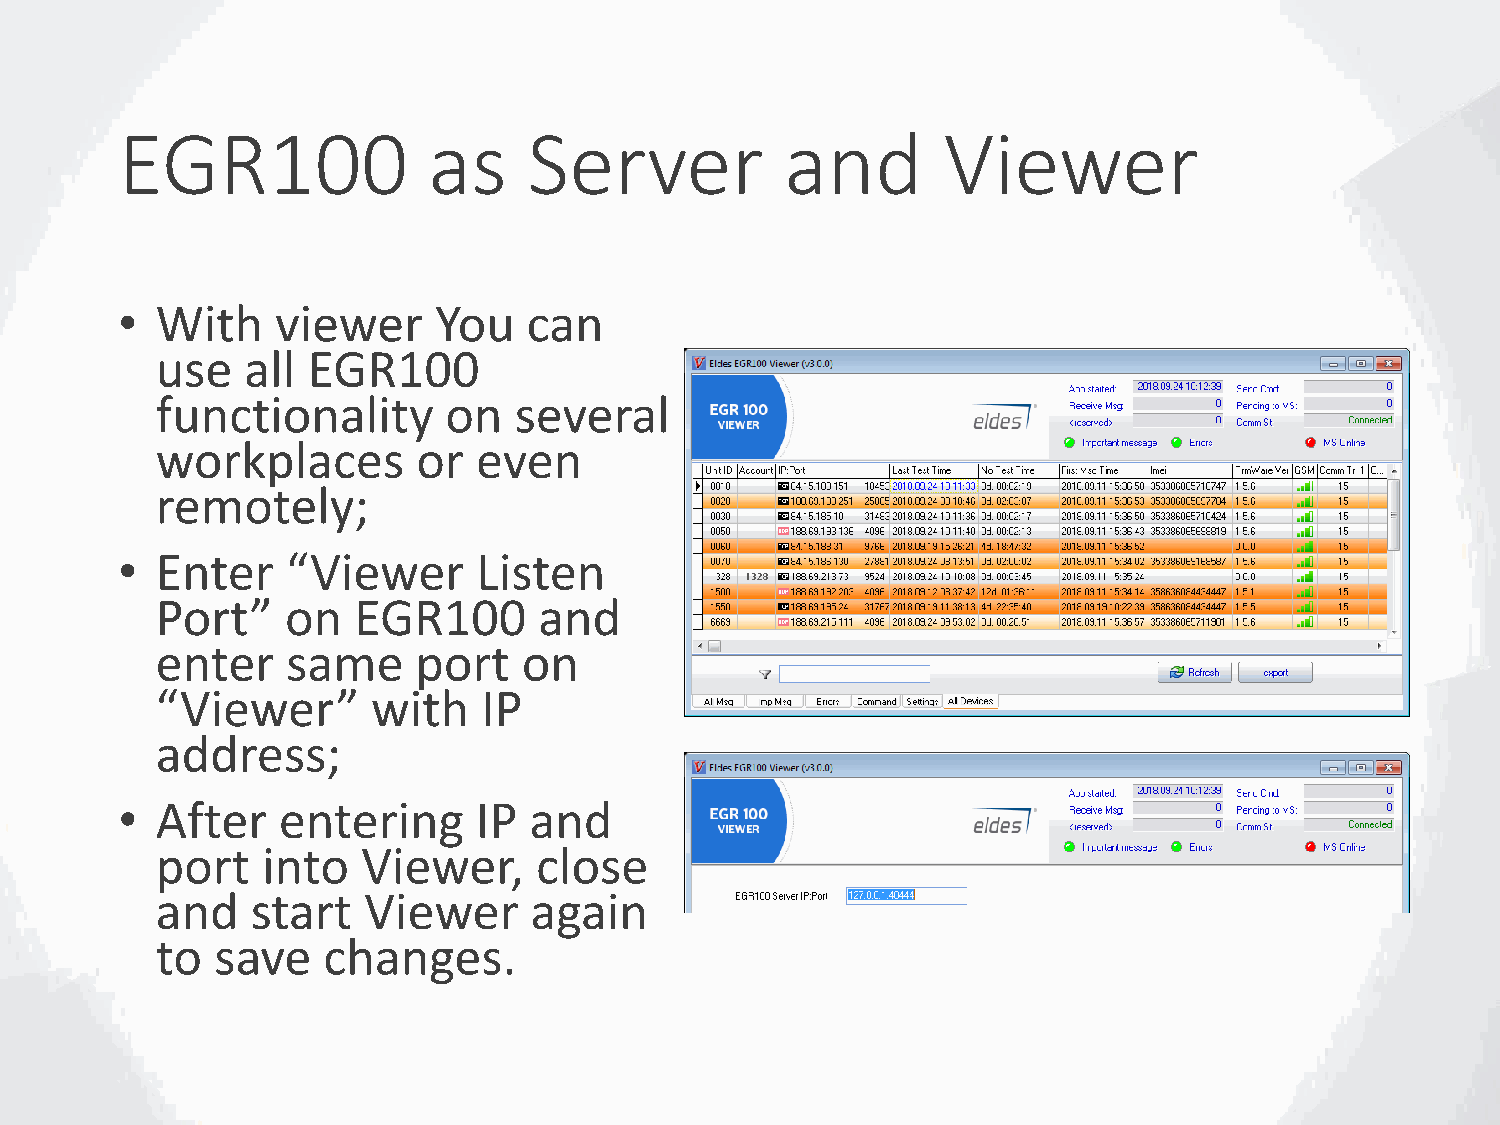
EGR100              as     Server           and       Viewer
 • With    viewer     You   can
 use   all EGR100
 functionality      on   several
 workplaces        or  even
 remotely;
 • Enter    “Viewer      Listen
 Port”    on  EGR100       and
 enter    same     port   on
 “Viewer”       with   IP
 address;
 • After   entering      IP and
 port   into   Viewer,    close
 and    start  Viewer     again
 to  save   changes.